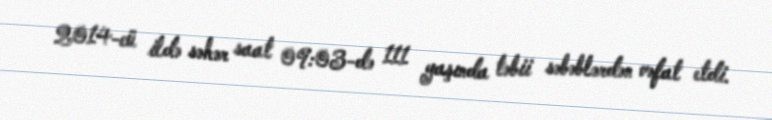
2014-cü ildə səhər saat 09:03-də 111 yaşında təbii səbəblərdən vəfat etdi.